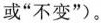
或”不变”)。